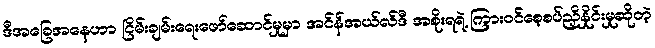
ဒီအခြေအနေဟာ ငြိမ်းချမ်းရေးဖော်ဆောင်မှုမှာ အင်န်အယ်လ်ဒီ အစိုးရရဲ့ ကြားဝင်စေ့စပ်ညှိနှိုင်းမှုဆိုတဲ့